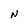
Character: N